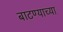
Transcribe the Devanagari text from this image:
बाटण्याच्या